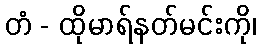
တံ - ထိုမာရ်နတ်မင်းကို၊